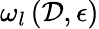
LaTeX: \omega_{l}\left(\mathcal{D},\epsilon\right)